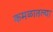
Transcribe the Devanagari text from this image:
कमळातल्या